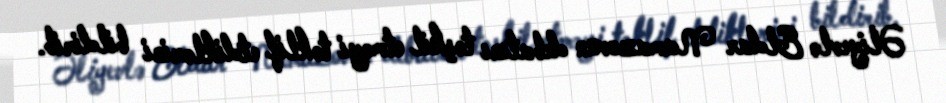
Əliyevlə Eldar Namazovun debatını təşkil etməyi təklif etdiklərini bildirib.